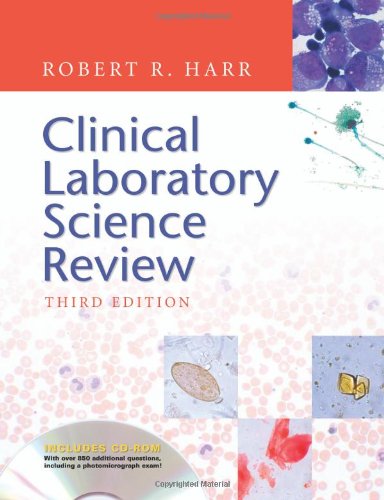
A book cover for Clinical Laboratory Science Review (with Brownstone CD-ROM) (Harr, Clinical Laboratory Science Review); Robert R. Harr MS  MLS (ASCP); Medical Books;